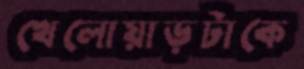
খেলোয়াড়টাকে